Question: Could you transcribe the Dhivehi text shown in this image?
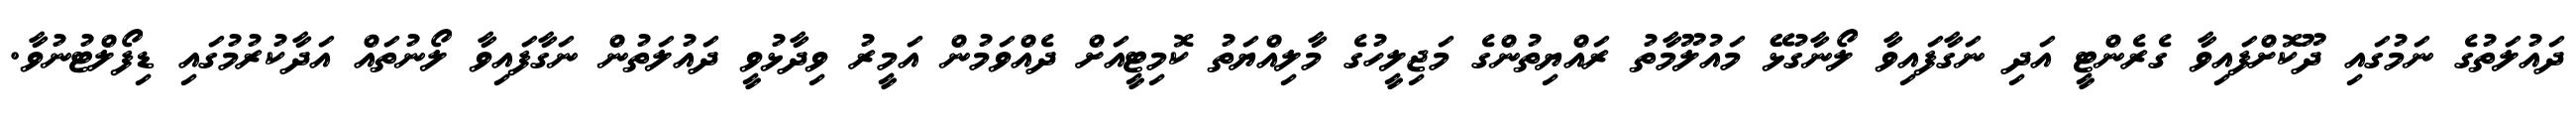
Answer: ދައުލަތުގެ ނަމުގައި ދޫކޮށްފައިވާ ގެރެންޓީ އަދި ނަގާފައިވާ ލޯނާގުޅޭ މައުލޫމާތު ރައްޔިތުންގެ މަޖިލީހުގެ މާލިއްޔަތު ކޮމިޓީއަށް ދެއްވަމުން އަމީރު ވިދާޅުވީ ދައުލަތުން ނަގާފައިވާ ލޯނުތައް އަދާކުރުމުގައި ޑިފޯލްޓުނުވާ.